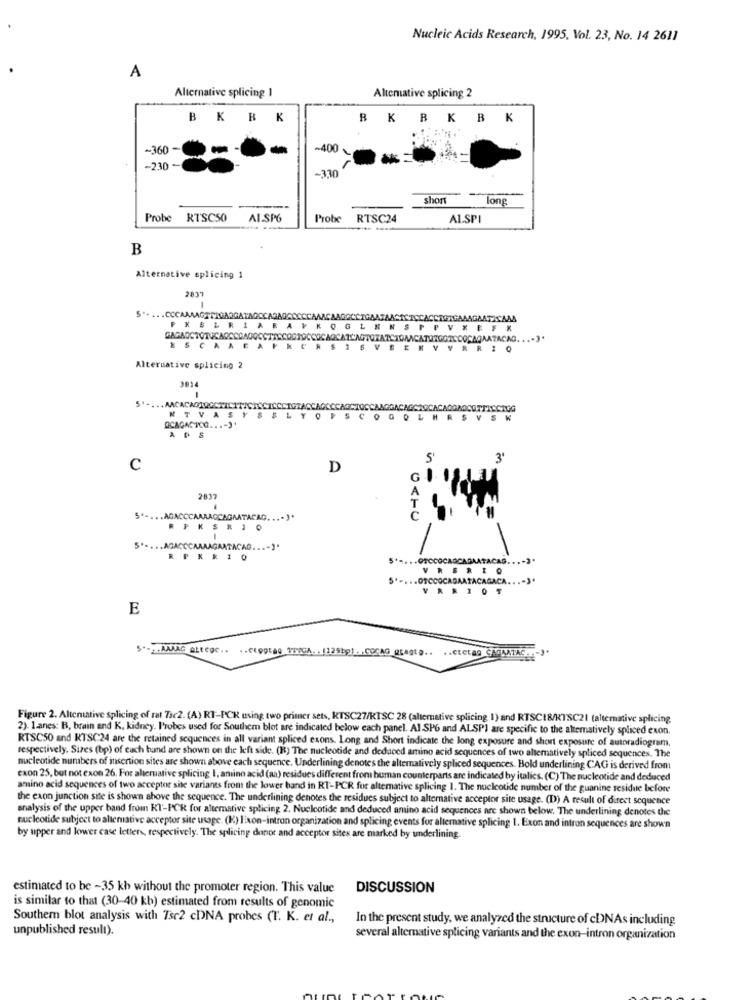
Nucleic Acids Research, 1995, Vol. 23, No. 14 2611
A
Alternative splicing 1
Altemative splicing 2
BKRK
BKRKBK
~360 -
-400
-230
-330
short
long
---
Probe RTSC50
AI.SP6
Probe
RTSC24
ALSPI
---
B
Alternative splicing 1
2837
.CCCAAAAGTTIGA
P X BL R I A R A V K OG L M N S PP V XE FX
ESCARE
VSEKVVR RIO
Alternative splicing 2
3014
5" -. .. AACACAOTOCCHI
SC
LARSVSK
QCAGACTOG ...- ).
ADS
5
3'
C
D
G
2837
5" -... AGACCCAAAACCAGAATACAC. ... ]'
5" -. .. AGACCCAMMAGAATACAG ...- ).
5 *=. .. OTOCOCAGCASAATACAG ...- 3'
VRSRIQ
... .. GTCCOCAGAATACAGACA ...- 3.
VARIOT
E
Figure 2. Altenative splicing of rat 73c2. (A) RT-PCR using two primer sets, KTSC27/KTSC 28 (alternative splicing 1) and RTSC18/RTSC21 (alternative splicing
2). 1.anes: B, brain and K, kidney. Probes used for Southern blot are indicated below each panel. Al SP6 and ALSPI are specific to the akematively spliced exon.
RTSC50 and KTSC24 are the retained sequences in all variant spliced exons. Long and Short indicate the long exposure and short exposure of autoradiogram,
respectively. Sizes (bp) of each hand are shown on the left side. (R) The nucleotide and deduced amino acid sequences of two altematively spliced sequences. The
nucleotide numbers of insertion sites are shown above each sequence. Underlining denotes the alternatively spliced sequences. Bold underlining CAG is derived from
exon 25, but not exon 26. For altemative splicing I, amino acid (aa) residues different from human counterparts are indicated by italics. (C) The nucleotide and deduced
amino acid sequences of two accepter site variants from the lower band in RT-PCR for alternative splicing 1. The nucleotide number of the guanine residue before
the exon junction site is shown above the sequence. The underlining denotes the residues subject to alternative acceptor site usage. (D) A result of direct sequence
analysis of the upper band from RT-PCR for alternative splicing 2. Nucleotide and deduced amino acid sequences are shown below. The underlining denotes the
nucleotide subject to altenative acceptor site usage. (K) lixon-intron organization and splicing events for alternative splicing 1. Exon and intron sequences are shown
by upper and lower case letters, respectively. The splicing donor and acceptor sites are marked by underlining.
estimated to be -35 kb without the promoter region. This value
DISCUSSION
is similar to that (30-40 kb) estimated from results of genomic
Southern blot analysis with Tsc2 cDNA probes (T. K. et al .,
In the present study, we analyzed the structure of cbNAs including
unpublished result).
several alternative splicing variants and the exon-intron organization